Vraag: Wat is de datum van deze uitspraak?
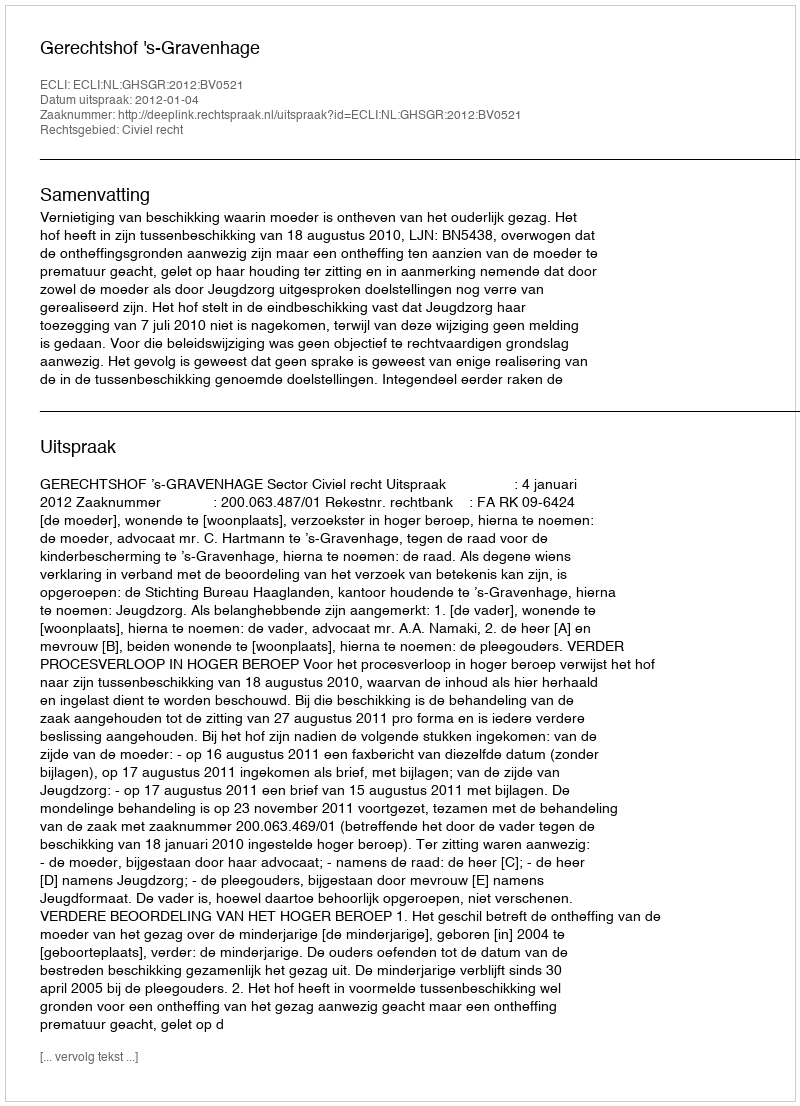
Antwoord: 2012-01-04